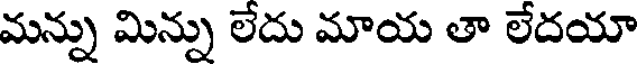
మన్ను మిన్ను లేదు మాయ తా లేదయా